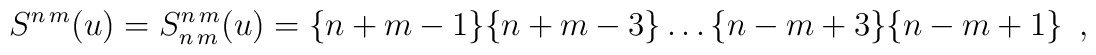
S^{n\, m}(u)=S^{n\, m}_{n\, m}(u)=\{n+m-1\}\{n+m-3\}\dots \{n-m+3\}\{n-m+1\}\, \, \, ,